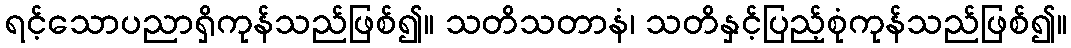
ရင့်သောပညာရှိကုန်သည်ဖြစ်၍။ သတိသတာနံ၊ သတိနှင့်ပြည့်စုံကုန်သည်ဖြစ်၍။